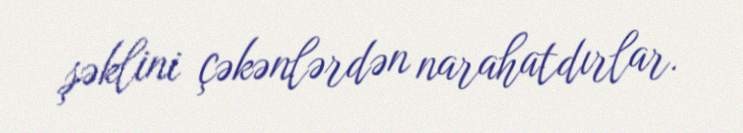
şəklini çəkənlərdən narahatdırlar.